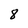
Character: 8